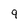
Character: 9